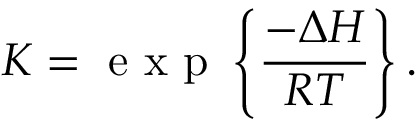
K = \mathrm { ~ e ~ x ~ p ~ } \left\{ \frac { - \Delta H } { R T } \right\} .